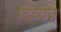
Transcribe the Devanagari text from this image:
दिव्यन्